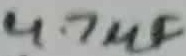
Text: 4.7µF